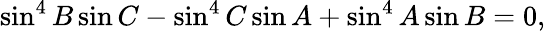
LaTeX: \sin^{4}B\sin C-\sin^{4}C\sin A+\sin^{4}A\sin B=0,